Scientific memoirs by medical officers of the Army of India - Part VI,
Year: 1891
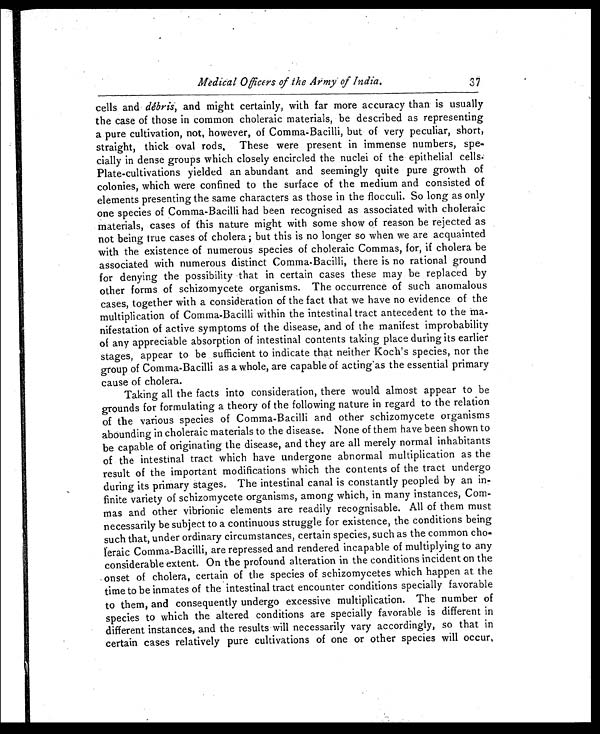
Medical Officers of the Army of India.
cells and debris, and might certainly, with far more accuracy than is usually
the case of those in common choleraic materials, be described as representing
a pure cultivation, not, however, of Comma-Bacilli, but of very peculiar, short,
straight, thick oval rods. These were present in immense numbers, spe
- c i a l l y i n d e n s e g r o u p s w h i c h c l o s e l y e n c i r c l e d t h e n u c l e i o f t h e e p i t h e l i a l c e l l s .
Plate-cultivations yielded an abundant and seemingly quite pure growth of
colonies, which were confined to the surface of the medium and consisted of
elements presenting the same characters as those in the flocculi. So long as only
one species of Comma-Bacilli had been recognised as associated with choleraic
materials, cases of this nature might with some show of reason be rejected as
not being true cases of cholera; but this is no longer so when we are acquainted
with the existence of numerous species of choleraic Commas, for, if cholera be
associated with numerous distinct Comma-Bacilli, there is no rational ground
for denying the possibility that in certain cases these may be replaced by
other forms of schizomycete organisms. The occurrence of such anomalous
cases, together with a consideration of the fact that we have no evidence of the
multiplication of Comma-Bacilli within the intestinal tract antecedent to the ma-
nifestation of active symptoms of the disease, and of the manifest improbability
of any appreciable absorption of intestinal contents taking place during its earlier
stages, appear to be sufficient to indicate that neither Koch's species, nor the
group of Comma-Bacilli as a whole, are capable of acting'as the essential primary
cause of cholera.
Taking all the facts into consideration, there would almost appear to be
grounds for formulating a theory of the following nature in regard to the relation
of the various species of Comma-Bacilli and other schizomycete organisms
abounding in choleraic materials to the disease. None of them have been shown to
be capable of originating the disease, and they are all merely normal inhabitants
of the intestinal tract which have undergone abnormal multiplication as the
result of the important modifications which the contents of the tract undergo
during its primary stages. The intestinal canal is constantly peopled by an in
-
finite variety of schizomycete organisms, among which, in many instances, Com-
- m a s a n d o t h e r v i b r i o n i c e l e m e n t s a r e r e a d i l y r e c o g n i s a b l e . A l l o f t h e m m u s t
necessarily be subject to a continuous struggle for existence, the conditions being
such that, under ordinary circumstances, certain species, such as the common cho-
leraic Comma-Bacilli, are repressed and rendered incapable of multiplying to any
considerable extent. On the profound alteration in the conditions incident on the
onset of cholera, certain of the species of schizomycetes which happen at the
time to be inmates of the intestinal tract encounter conditions specially favorable
to them, and consequently undergo excessive multiplication. The number of
species to which the altered conditions are specially favorable is different in
different instances, and the results will necessarily vary accordingly, so that in
certain cases relatively pure cultivations of one or other species will occur,
37